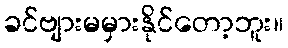
ခင်ဗျားမမှားနိုင်တော့ဘူး။